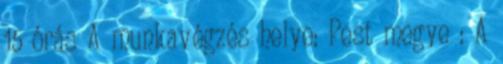
15 órás A munkavégzés helye: Pest megye : A